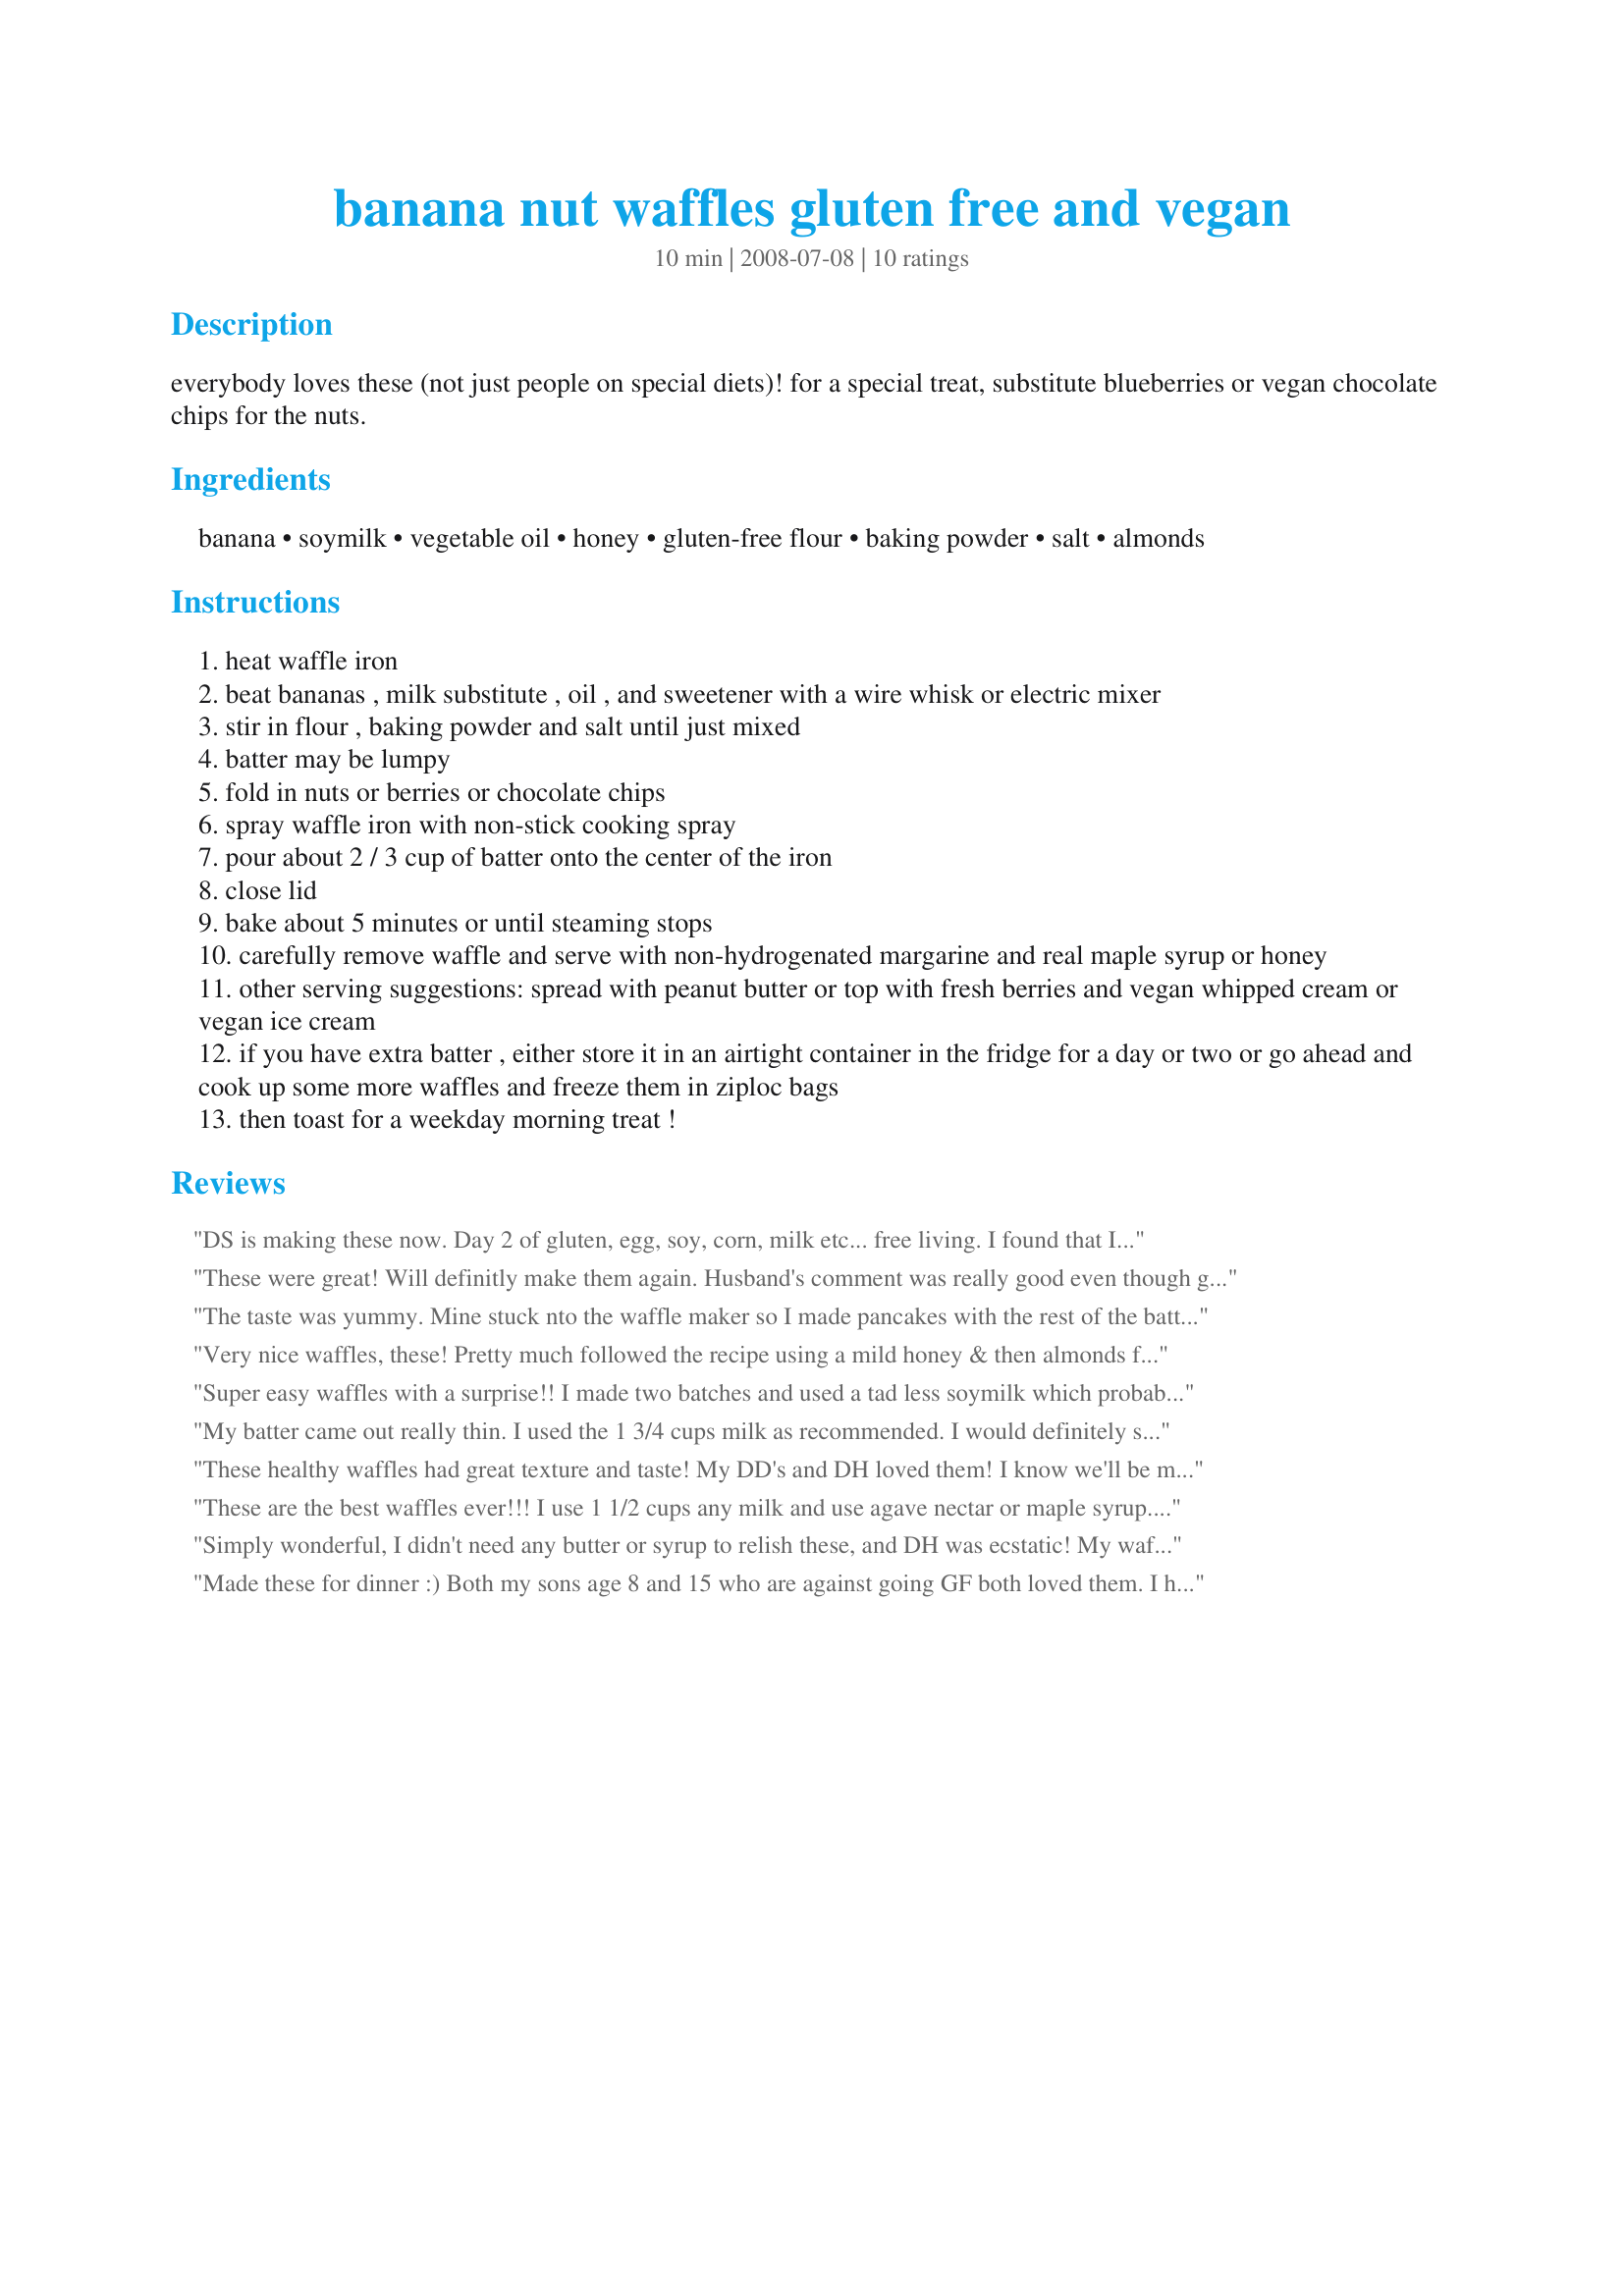
banana nut waffles gluten free and vegan
Preparation time: 10 minutes

everybody loves these (not just people on special diets)! for a special treat, substitute blueberries or vegan chocolate chips for the nuts.

Ingredients:
banana, soymilk, vegetable oil, honey, gluten-free flour, baking powder, salt, almonds

Steps:
heat waffle iron
beat bananas , milk substitute , oil , and sweetener with a wire whisk or electric mixer
stir in flour , baking powder and salt until just mixed
batter may be lumpy
fold in nuts or berries or chocolate chips
spray waffle iron with non-stick cooking spray
pour about 2 / 3 cup of batter onto the center of the iron
close lid
bake about 5 minutes or until steaming stops
carefully remove waffle and serve with non-hydrogenated margarine and real maple syrup or honey
other serving suggestions: spread with peanut butter or top with fresh berries and vegan whipped cream or vegan ice cream
if you have extra batter , either store it in an airtight container in the fridge for a day or two or go ahead and cook up some more waffles and freeze them in ziploc bags
then toast for a weekday morning treat !

Reviews:
DS is making these now. Day 2 of gluten, egg, soy, corn, milk etc... free living. I found that I needed to use about 1 cup rice milk vs the 2 cups stated. That may be because of the flours that we are using for our GF mix. I recommend starting with 1 cup and adding more if needed. WE also use this recipe for pancakes. DS says that they are AWESOME!!
These were great! Will definitly make them again. Husband's comment was really good even though gluten free....Said he could'nt even tell they were gluten free. Used the walnuts this time, next time will try mini choc chips....
The taste was yummy. Mine stuck nto the waffle maker so I made pancakes with the rest of the batter instead but I will not blame the recipe since I made a some changes. The main change was using organic coconut oil to be a lot healthier but it clumped because my milk was cold (I'm kind of new to coconut oil in anything but smoothies). Like another reviewer I found the waffles quite oily. I used water and Carnation evaporated milk in a small amount for the milk, RAW honey to hopefully be corn free, my own gluten-free flour mix (white rice flour, brown rice flour, tapioca starch & guar gum), baking soda and 1 tbs organic apple cider vinegar in place of the baking powder to be corn & cream of tartar free, sea salt, & chopped walnuts.
Very nice waffles, these! Pretty much followed the recipe using a mild honey & then almonds for the nuts! Served it with both honey & maple syrup on the side & the syrup got chosen more often than not! Might even make a bigger batch another time & do the freezer bit! [Tagged, made & reviewed for one of my raw food teammates in the Vegetarian/Vegan Recipe Swap II]
Super easy waffles with a surprise!! I made two batches and used a tad less soymilk which probably all depends on what type of flour your using. I made some with blueberries and some with walnuts - both were eaten up by the DH. DH loves waffles and I asked him which ones he prefered last weeks (your Buckwheat Pancakes that I turned into waffles Recipe #430547) or these and he said both - FIGURES!!! Thanks for a great recipe Prose!! Made for Veg*n Swap 25!
My batter came out really thin. I used the 1 3/4 cups milk as recommended. I would definitely start out with less milk. I didn't use banana so I used about a 1/2 cup applesauce in it's place. The batter was still really thin so I put in about a tsp of xanthum gum to thicken it up. The last waffle turned out ok. It tastes a little oily. But I'm glad that it's vegan and gluten-free. I know I didn't use the banana so maybe that thickens it up.
These healthy waffles had great texture and taste! My DD's and DH loved them! I know we'll be making these again. Thanks Prose! Made for veg*n swap II.
These are the best waffles ever!!! I use 1 1/2 cups any milk and use agave nectar or maple syrup. One daughter likes hers plain and no nuts, other daughter with berries or choc chips, hubby likes his with berries and I like mine with mini choc chips, sometimes with whipped cream and a drizzle of choc syrup! I used to dislike any waffles until I tried this recipe... THANKS!
Simply wonderful, I didn't need any butter or syrup to relish these, and DH was ecstatic! My waffle iron misbehaved, so I made largish pancakes with about 1/4 cup batter each (or use a coffee measure to make 4 small pancakes) on a hot nonstick skillet over high heat, spraying with nonstick spray before each round. The lack of eggs helps us mind our doctor's admonishments to limit eggs, and -- who knows! -- we may have an undiagnosed gluten allergy, so this could be our new pancake recipe that I can fix more often for DH. I made up the rest of the pancakes and separated with wax paper; DH can reheat in the oven at 225 F for about 20-25 minutes. Thanks for posting this recipe, Prose! Made for March 2009 Veg*n Swap.
Made these for dinner :) Both my sons age 8 and 15 who are against going GF both loved them. I halved this recipe thinking it would make to much for 3 of us but then had to make more. I used honey and Jules GF flour mix. Next time I will make the full amount. Some mentioned that their waffle maker left the waffles a bit soft, mine did the same so on the second round even after the done light came on I left them in another minute and it helped a lot.
